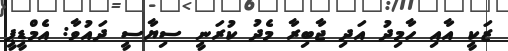
ޒަކީ އާއި ހާމިދު އަދި ޖާބިރާ މެދު ކުރަނީ ސިޔާސީ ދައުވާ: އެމްޑީޕީ